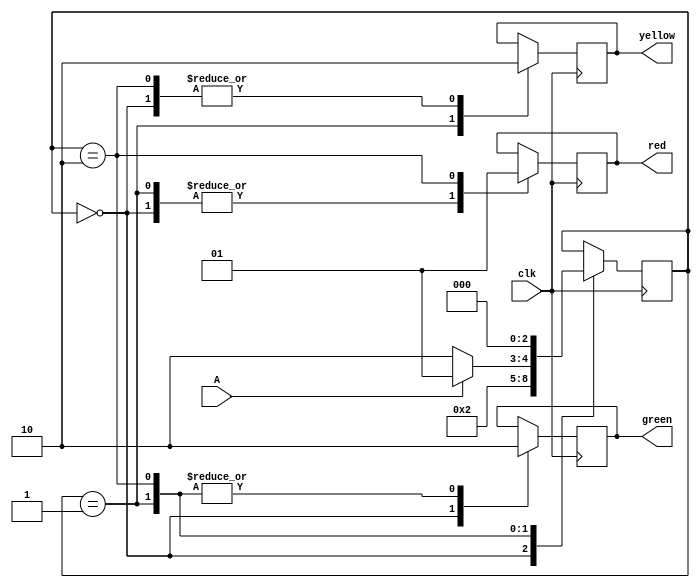
module moor (
  input clk,input A,
  output reg red, output reg green, output reg yellow
);

reg [2:0] stateNow = 3'b0;

always @(posedge clk ) begin
  case(stateNow)
  3'b000:begin 
    stateNow<=3'b001;
  end
  3'b001:begin 
    if(!A)
    stateNow<=3'b010;
    else
    stateNow<=3'b001;
   end
  3'b010:begin
    stateNow<=3'b000;
   end
  endcase
end

always @(posedge clk ) begin
  case(stateNow)
  3'b000:begin 
     {red,green,yellow} <= 3'b010;
  end
  3'b001:begin
    {red,green,yellow} <= 3'b001;
  end
  3'b010:begin
    {red,green,yellow} <= 3'b100;
  end
  endcase
end
  
endmodule